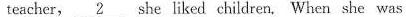
teacher, \underline{2} she liked children, When she was